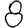
Digit: 8